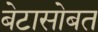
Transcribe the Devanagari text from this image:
बेटासोबत